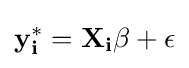
\mathbf {y_{i}^{*}} =\mathbf {X_{i}\beta } +\epsilon